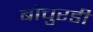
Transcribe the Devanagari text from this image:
बोचुरडी